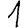
Digit: 1